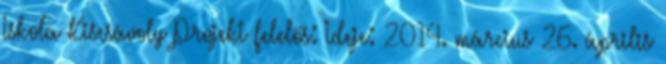
Iskola Kiscsávoly Projekt felelős: Ideje: 2014. március 26. április